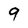
Character: 9